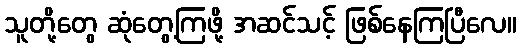
သူတို့တွေ ဆုံတွေ့ကြဖို့ အဆင်သင့် ဖြစ်နေကြပြီလေ။